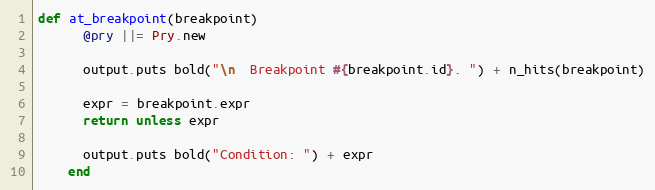
Language: Ruby
def at_breakpoint(breakpoint)
      @pry ||= Pry.new

      output.puts bold("\n  Breakpoint #{breakpoint.id}. ") + n_hits(breakpoint)

      expr = breakpoint.expr
      return unless expr

      output.puts bold("Condition: ") + expr
    end